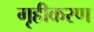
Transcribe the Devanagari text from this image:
गृहीकरण